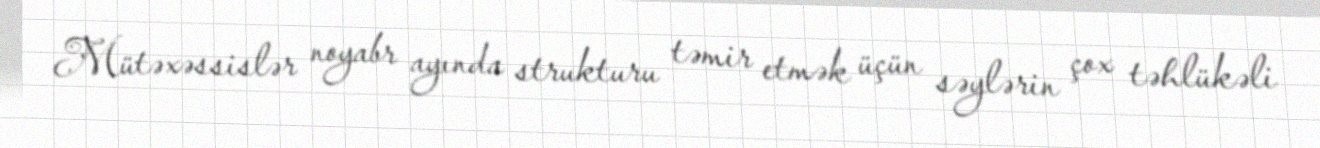
Mütəxəssislər noyabr ayında strukturu təmir etmək üçün səylərin çox təhlükəli